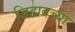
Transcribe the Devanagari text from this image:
जिहादच्या